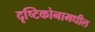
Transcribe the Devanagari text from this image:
दृष्टिकोनामधील